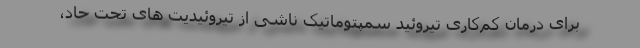
برای درمان کم‌کاری تیروئید سمپتوماتیک ناشی از تیروئیدیت های تحت حاد،